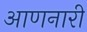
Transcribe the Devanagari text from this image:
आणनारी